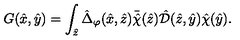
G ( { \hat { x } } , { \hat { y } } ) = \int _ { { \hat { z } } } { \hat { \Delta } } _ { \varphi } ( { \hat { x } } , \hat { z } ) { \bar { \hat { \chi } } } ( { \hat { z } } ) { \hat { \mathcal D } } ( { \hat { z } } , { \hat { y } } ) { \hat { \chi } } ( { \hat { y } } ) .